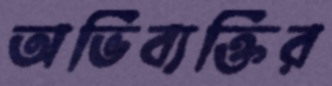
অভিব্যক্তির